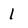
Character: 1